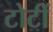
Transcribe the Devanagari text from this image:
टोटीं